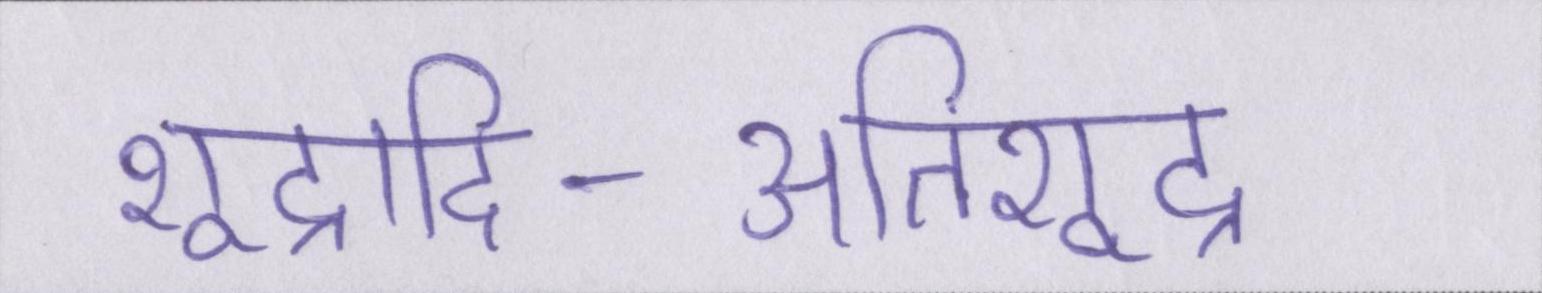
शूद्रादि-अतिशूद्र